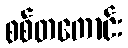
စစ်တကောင်း